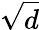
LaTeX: \sqrt{d}